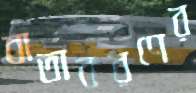
বাতাবরণের